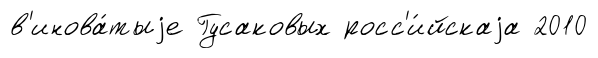
в'инова́тыjе Гусаковых росс'и́йскаjа 2010